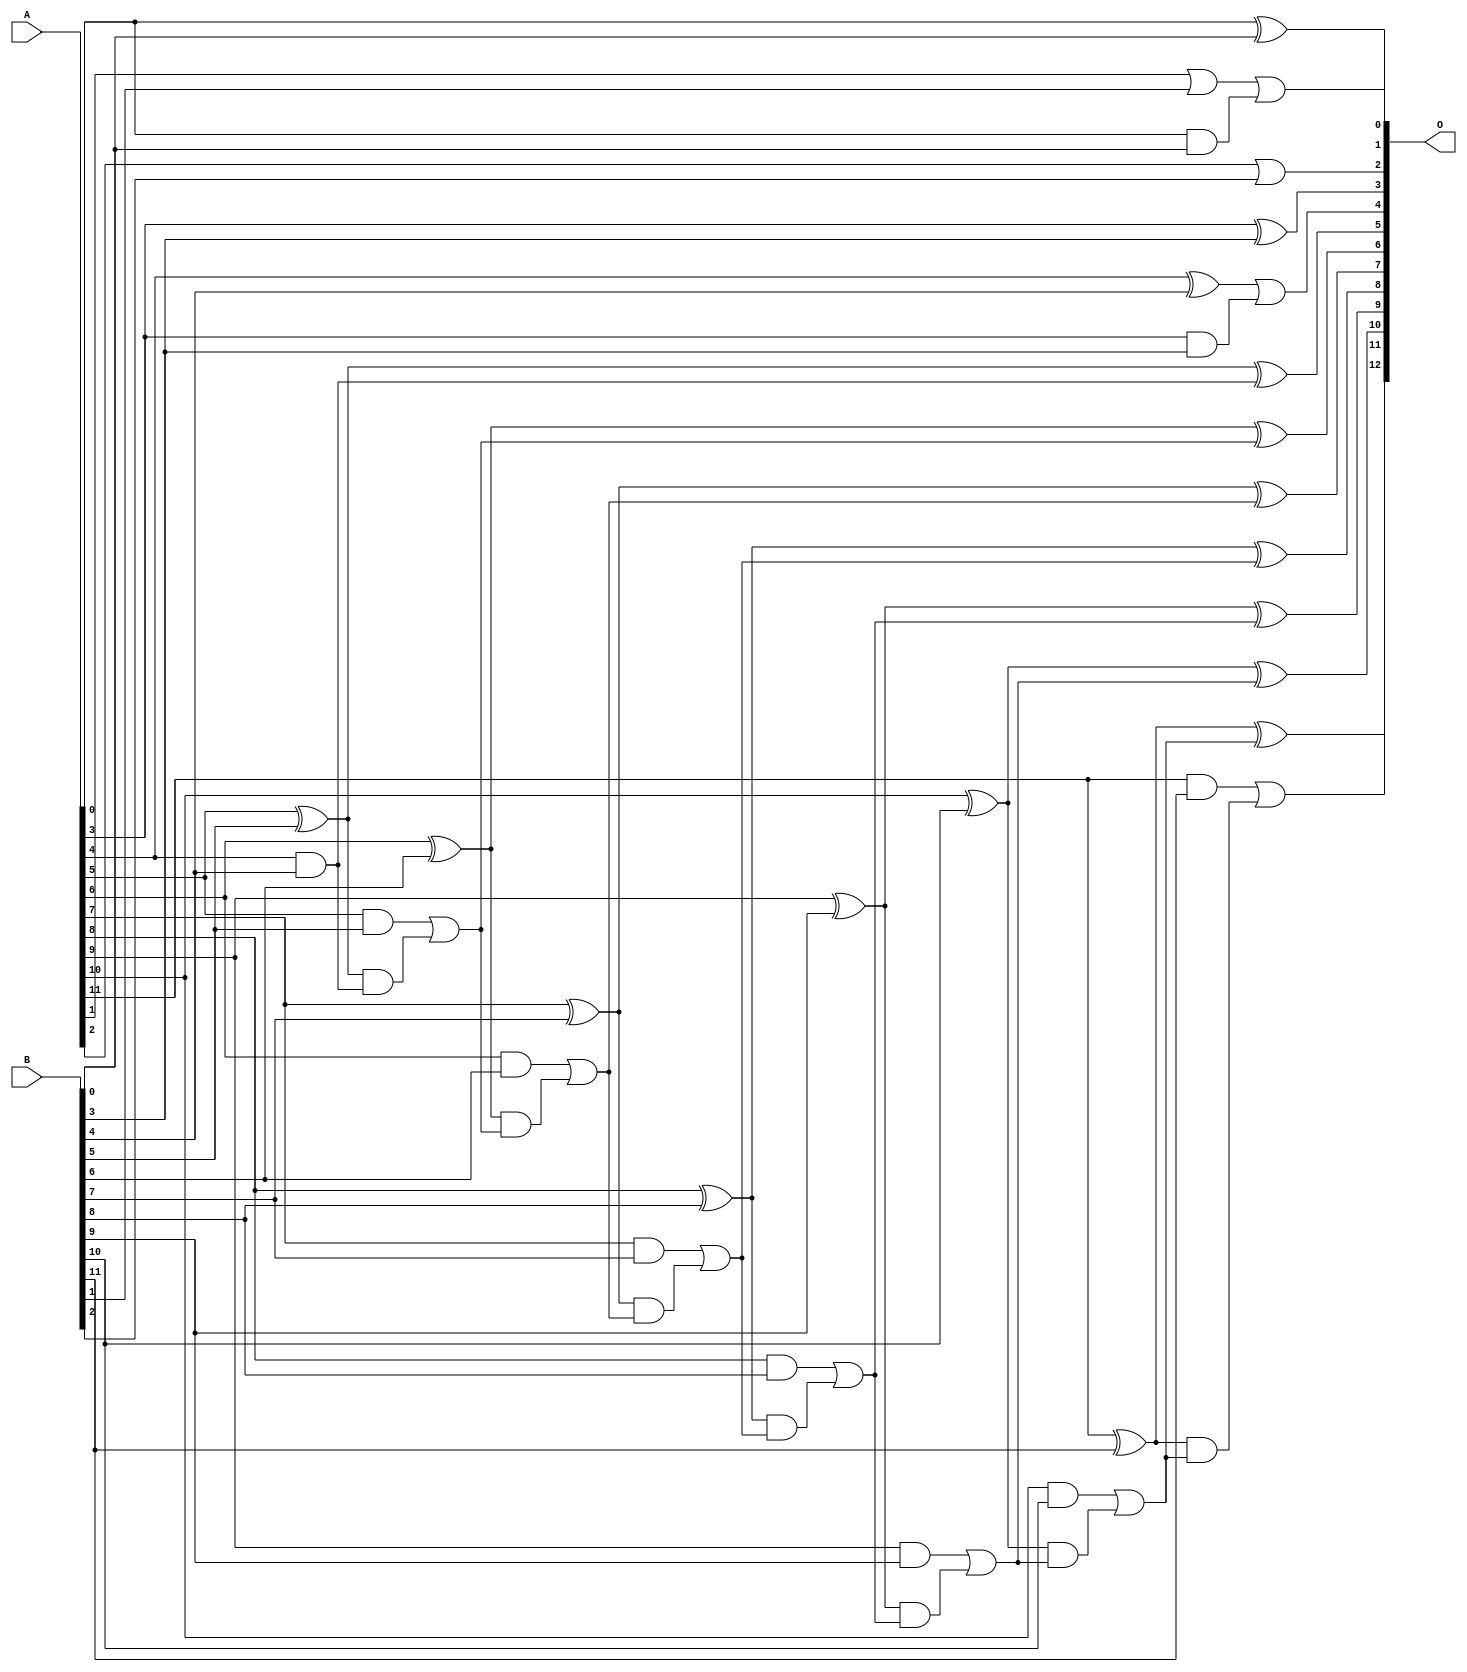
// This program was cloned from: https://github.com/ehw-fit/evoapproxlib
// License: MIT License

/***
* This code is a part of EvoApproxLib library (ehw.fit.vutbr.cz/approxlib) distributed under The MIT License.
* When used, please cite the following article(s): V. Mrazek, L. Sekanina, Z. Vasicek "Libraries of Approximate Circuits: Automated Design and Application in CNN Accelerators" IEEE Journal on Emerging and Selected Topics in Circuits and Systems, Vol 10, No 4, 2020 
* This file contains a circuit from a sub-set of pareto optimal circuits with respect to the pwr and ep parameters
***/
// MAE% = 0.048 %
// MAE = 3.9 
// WCE% = 0.29 %
// WCE = 24 
// WCRE% = 66.67 %
// EP% = 58.98 %
// MRE% = 0.13 %
// MSE = 48 
// PDK45_PWR = 0.038 mW
// PDK45_AREA = 96.2 um2
// PDK45_DELAY = 0.63 ns


module add12u_4FZ(A, B, O);
  input [11:0] A, B;
  output [12:0] O;
  wire sig_25, sig_26, sig_31, sig_36, sig_37, sig_40;
  wire sig_41, sig_42, sig_45, sig_46, sig_47, sig_48;
  wire sig_50, sig_51, sig_52, sig_53, sig_55, sig_56;
  wire sig_57, sig_58, sig_60, sig_61, sig_62, sig_63;
  wire sig_65, sig_66, sig_67, sig_68, sig_70, sig_71;
  wire sig_72, sig_73, sig_75, sig_76, sig_77, sig_78;
  assign O[0] = A[0] ^ B[0];
  assign sig_25 = A[0] & B[0];
  assign sig_26 = A[1] | B[1];
  assign O[1] = sig_26 | sig_25;
  assign sig_31 = A[2] | B[2];
  assign O[2] = sig_31;
  assign sig_36 = A[3] ^ B[3];
  assign sig_37 = A[3] & B[3];
  assign O[3] = sig_36;
  assign sig_40 = sig_37;
  assign sig_41 = A[4] ^ B[4];
  assign sig_42 = A[4] & B[4];
  assign O[4] = sig_41 | sig_40;
  assign sig_45 = sig_42;
  assign sig_46 = A[5] ^ B[5];
  assign sig_47 = A[5] & B[5];
  assign sig_48 = sig_46 & sig_45;
  assign O[5] = sig_46 ^ sig_45;
  assign sig_50 = sig_47 | sig_48;
  assign sig_51 = A[6] ^ B[6];
  assign sig_52 = A[6] & B[6];
  assign sig_53 = sig_51 & sig_50;
  assign O[6] = sig_51 ^ sig_50;
  assign sig_55 = sig_52 | sig_53;
  assign sig_56 = A[7] ^ B[7];
  assign sig_57 = A[7] & B[7];
  assign sig_58 = sig_56 & sig_55;
  assign O[7] = sig_56 ^ sig_55;
  assign sig_60 = sig_57 | sig_58;
  assign sig_61 = A[8] ^ B[8];
  assign sig_62 = A[8] & B[8];
  assign sig_63 = sig_61 & sig_60;
  assign O[8] = sig_61 ^ sig_60;
  assign sig_65 = sig_62 | sig_63;
  assign sig_66 = A[9] ^ B[9];
  assign sig_67 = A[9] & B[9];
  assign sig_68 = sig_66 & sig_65;
  assign O[9] = sig_66 ^ sig_65;
  assign sig_70 = sig_67 | sig_68;
  assign sig_71 = A[10] ^ B[10];
  assign sig_72 = A[10] & B[10];
  assign sig_73 = sig_71 & sig_70;
  assign O[10] = sig_71 ^ sig_70;
  assign sig_75 = sig_72 | sig_73;
  assign sig_76 = A[11] ^ B[11];
  assign sig_77 = A[11] & B[11];
  assign sig_78 = sig_76 & sig_75;
  assign O[11] = sig_76 ^ sig_75;
  assign O[12] = sig_77 | sig_78;
endmodule